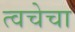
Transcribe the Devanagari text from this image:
त्‍वचेचा